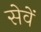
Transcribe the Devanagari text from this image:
सेवें